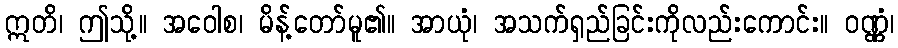
ဣတိ၊ ဤသို့။ အဝေါစ၊ မိန့်တော်မူ၏။ အာယုံ၊ အသက်ရှည်ခြင်းကိုလည်းကောင်း။ ဝဏ္ဏံ၊